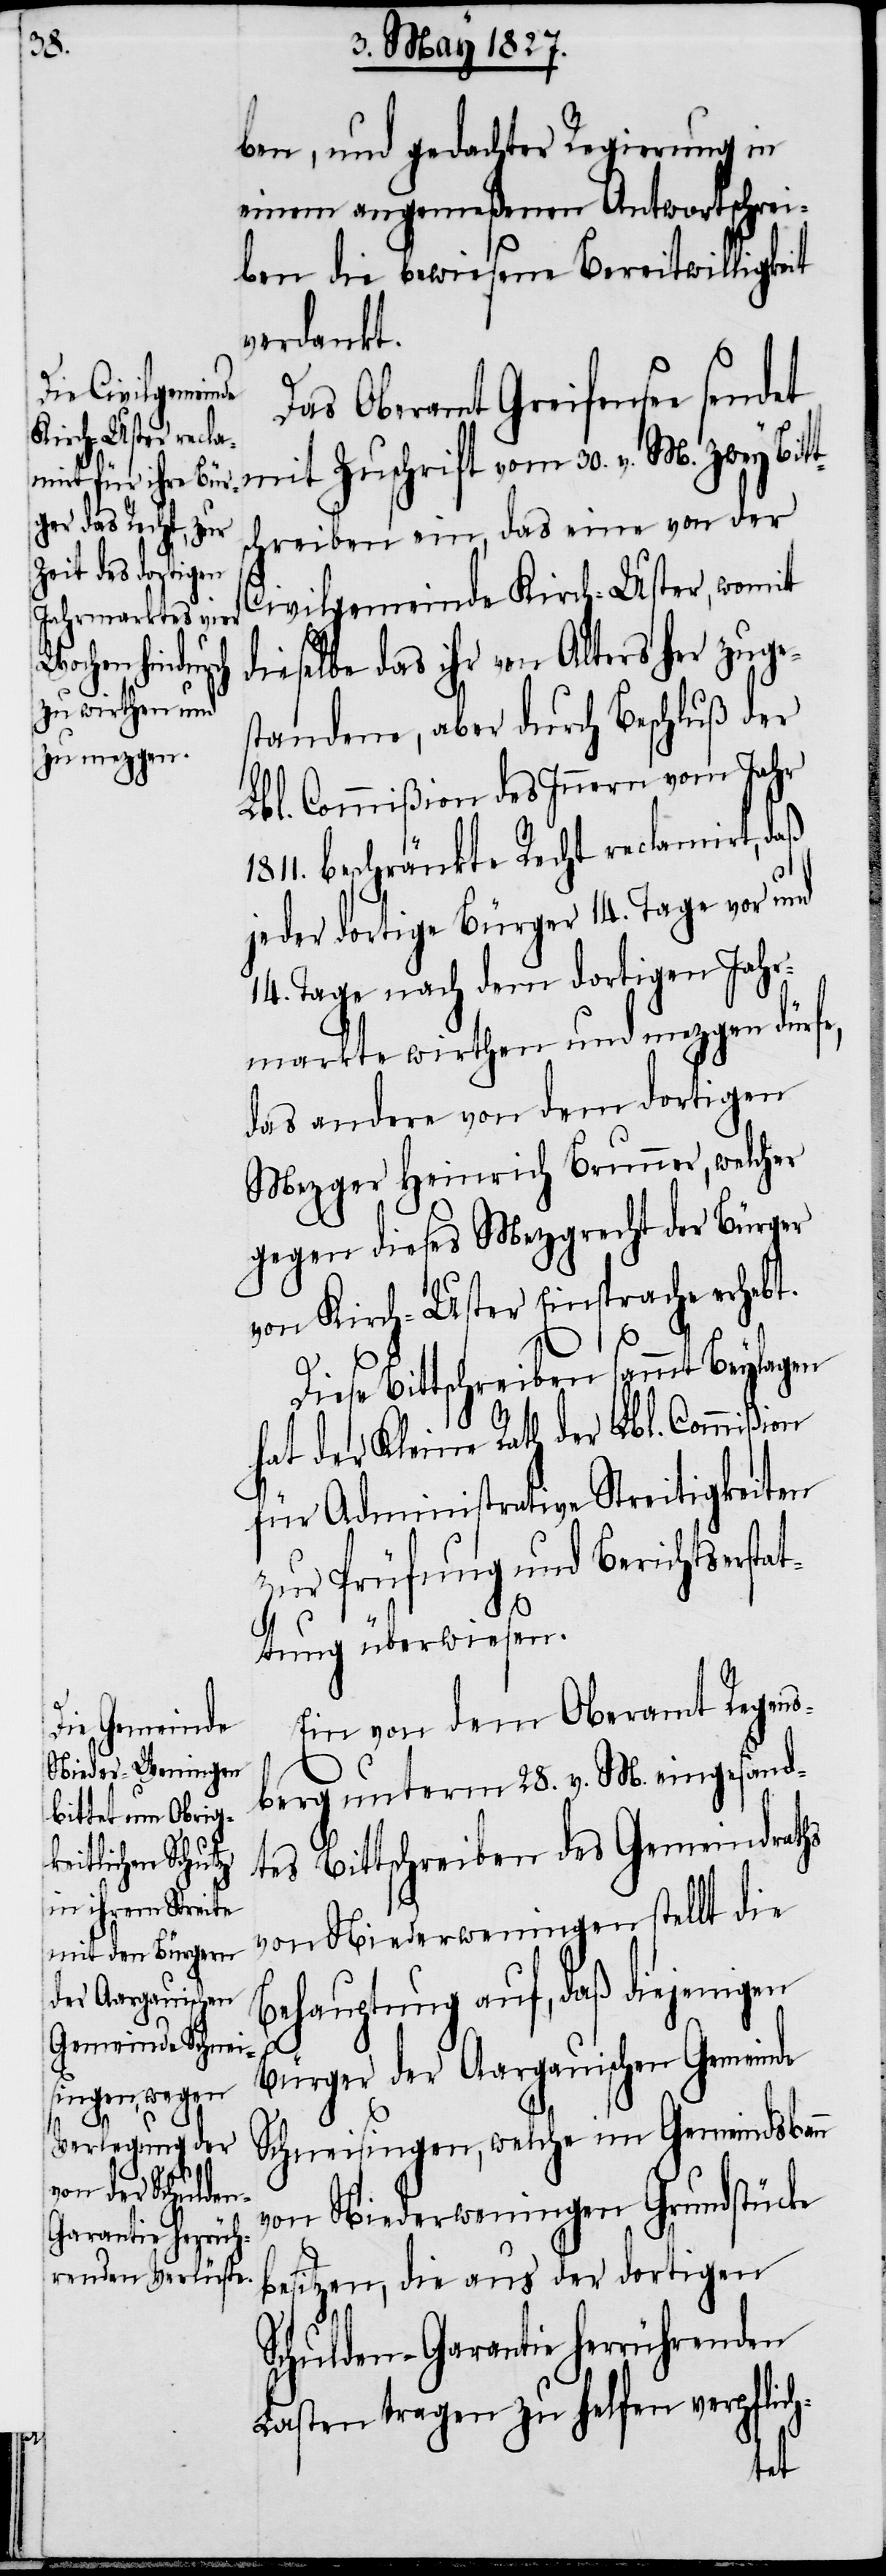
ben, und gedachter Regierung in
einem angemeßenen Antwortschrei¬
ben die bewiesene Bereitwilligkeit
verdankt.
Das Oberamt Greifensee sendet
schreiben ein, das eine von der
Civilgemeinde Kirch-Uster, womit
dieselbe das ihr von Alters her zuge¬
standene, aber durch Beschluß der
Lbl. Commißion des Innern vom Jahr
beschränkte Recht reclamirt, daß
jeder dortige Bürger 14. Tage vor und
14. Tage nach dem dortigen Jahr¬
markte wirthen und mezgen dürfe,
das andere von dem dortigen
Mezger Heinrich Brunner, welcher
gegen dieses Mezgrecht der Bürger
von Kirch-Uster Einsprache erhebt.
Diese Bittschreiben sammt Beylagen
hat der Kleine Rath der Lbl. Commißion
für Administrative Streitigkeiten
zur Prüfung und Berichtserstat¬
tung überwiesen.
Ein von dem Oberamt Regens¬
berg unterm 28. v. M. eingesand¬
tes Bittschreiben des Gemeindraths
von Niederweningen stellt die
Behauptung auf, daß diejenigen
t¬
Bürger der Aargauischen Gemeinde
Schneisingen, welche im Gemeindsbann
von Niederweningen Grundstücke
besitzen, die aus der dortigen
Schulden-Garantie herrührenden
Lasten tragen zu helfen verpflich-
Bit¬